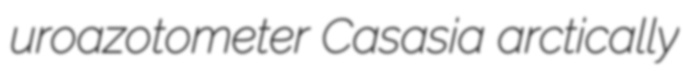
uroazotometer Casasia arctically